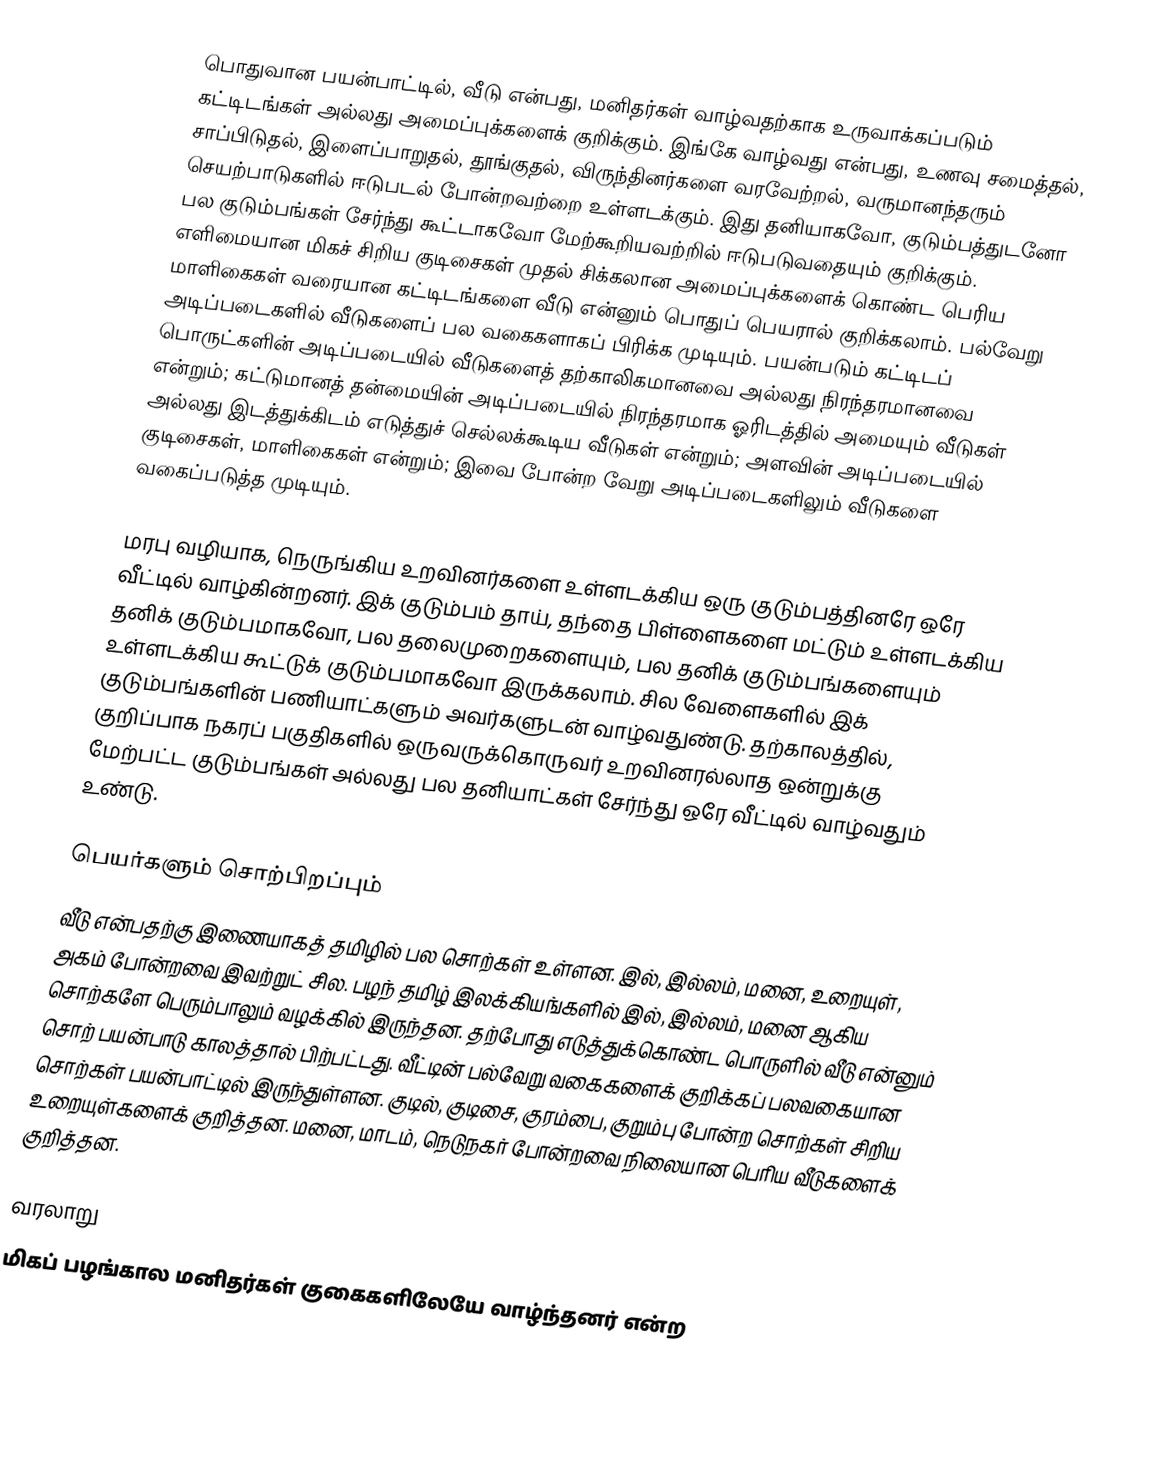
பொதுவான பயன்பாட்டில், வீடு என்பது, மனிதர்கள் வாழ்வதற்காக உருவாக்கப்படும் கட்டிடங்கள் அல்லது அமைப்புக்களைக் குறிக்கும். இங்கே வாழ்வது என்பது, உணவு சமைத்தல், சாப்பிடுதல், இளைப்பாறுதல், தூங்குதல், விருந்தினர்களை வரவேற்றல், வருமானந்தரும் செயற்பாடுகளில் ஈடுபடல் போன்றவற்றை உள்ளடக்கும். இது தனியாகவோ, குடும்பத்துடனோ பல குடும்பங்கள் சேர்ந்து கூட்டாகவோ மேற்கூறியவற்றில் ஈடுபடுவதையும் குறிக்கும். எளிமையான மிகச் சிறிய குடிசைகள் முதல் சிக்கலான அமைப்புக்களைக் கொண்ட பெரிய மாளிகைகள் வரையான கட்டிடங்களை வீடு என்னும் பொதுப் பெயரால் குறிக்கலாம். பல்வேறு அடிப்படைகளில் வீடுகளைப் பல வகைகளாகப் பிரிக்க முடியும். பயன்படும் கட்டிடப் பொருட்களின் அடிப்படையில் வீடுகளைத் தற்காலிகமானவை அல்லது நிரந்தரமானவை என்றும்; கட்டுமானத் தன்மையின் அடிப்படையில் நிரந்தரமாக ஓரிடத்தில் அமையும் வீடுகள் அல்லது இடத்துக்கிடம் எடுத்துச் செல்லக்கூடிய வீடுகள் என்றும்; அளவின் அடிப்படையில் குடிசைகள், மாளிகைகள் என்றும்; இவை போன்ற வேறு அடிப்படைகளிலும் வீடுகளை வகைப்படுத்த முடியும்.

மரபு வழியாக, நெருங்கிய உறவினர்களை உள்ளடக்கிய ஒரு குடும்பத்தினரே ஒரே வீட்டில் வாழ்கின்றனர். இக் குடும்பம் தாய், தந்தை பிள்ளைகளை மட்டும் உள்ளடக்கிய தனிக் குடும்பமாகவோ, பல தலைமுறைகளையும், பல தனிக் குடும்பங்களையும் உள்ளடக்கிய கூட்டுக் குடும்பமாகவோ இருக்கலாம். சில வேளைகளில் இக் குடும்பங்களின் பணியாட்களும் அவர்களுடன் வாழ்வதுண்டு. தற்காலத்தில், குறிப்பாக நகரப் பகுதிகளில் ஒருவருக்கொருவர் உறவினரல்லாத ஒன்றுக்கு மேற்பட்ட குடும்பங்கள் அல்லது பல தனியாட்கள் சேர்ந்து ஒரே வீட்டில் வாழ்வதும் உண்டு.

பெயர்களும் சொற்பிறப்பும்
வீடு என்பதற்கு இணையாகத் தமிழில் பல சொற்கள் உள்ளன. இல், இல்லம், மனை, உறையுள், அகம் போன்றவை இவற்றுட் சில. பழந் தமிழ் இலக்கியங்களில் இல், இல்லம், மனை ஆகிய சொற்களே பெரும்பாலும் வழக்கில் இருந்தன. தற்போது எடுத்துக்கொண்ட பொருளில் வீடு என்னும் சொற் பயன்பாடு காலத்தால் பிற்பட்டது. வீட்டின் பல்வேறு வகைகளைக் குறிக்கப் பலவகையான சொற்கள் பயன்பாட்டில் இருந்துள்ளன. குடில், குடிசை, குரம்பை, குறும்பு போன்ற சொற்கள் சிறிய உறையுள்களைக் குறித்தன. மனை, மாடம், நெடுநகர் போன்றவை நிலையான பெரிய வீடுகளைக் குறித்தன.

வரலாறு
மிகப் பழங்கால மனிதர்கள் குகைகளிலேயே வாழ்ந்தனர் என்ற